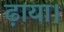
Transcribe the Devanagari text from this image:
ढ़ाया।